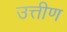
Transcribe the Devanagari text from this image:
उत्तीण